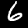
Digit: 6